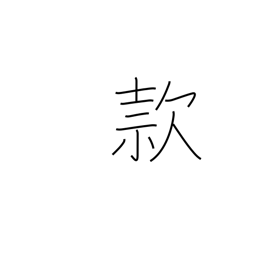
Meaning: goodwill